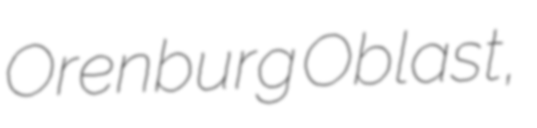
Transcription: Orenburg Oblast,